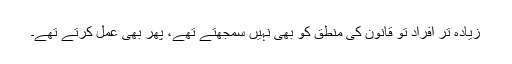
زیادہ تر افراد تو قانون کی منطق کو بھی نہیں سمجھتے تھے، پھر بھی عمل کرتے تھے۔